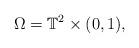
LaTeX: \begin{align*}\Omega=\mathbb{T}^2\times(0,1),\end{align*}